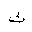
Letter: _tha